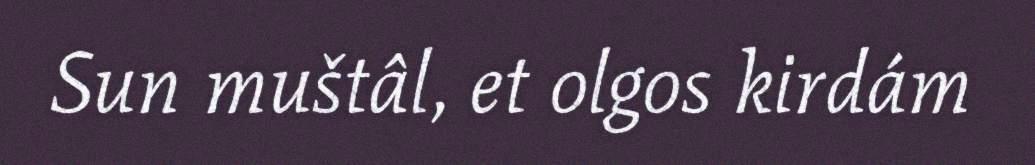
Sun muštâl, et olgos kirdám